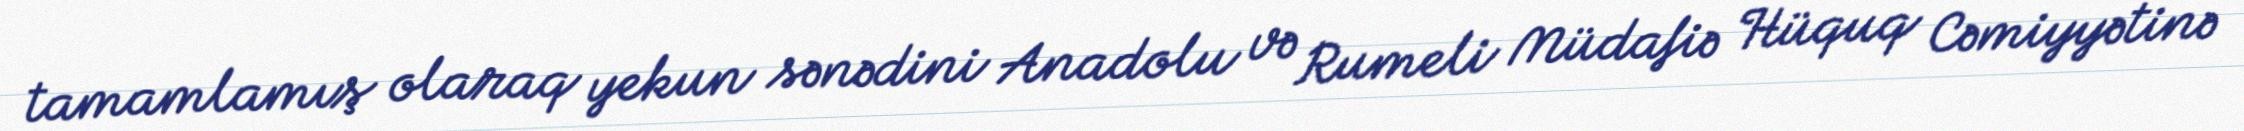
tamamlamış olaraq yekun sənədini Anadolu və Rumeli Müdafiə Hüquq Cəmiyyətinə